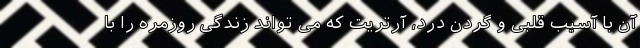
آن با آسیب قلبی و گردن درد، آرتریت که می تواند زندگی روزمره را با